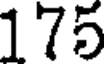
175